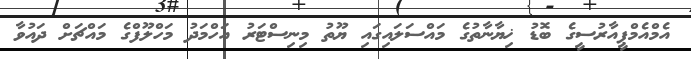
އެމްއެމްޕީއާރުސީގެ ބޮޑު ޚިޔާނާތުގެ މައްސަލައިގައި ޔޫތު މިނިސްޓަރު އަހްމަދު މަހްލޫފްގެ މައްޗަށް ދައުވާ